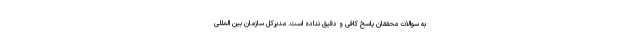
به سوالات محققان پاسخ کافی و دقیق نداده است. مدیرکل سازمان بین المللی